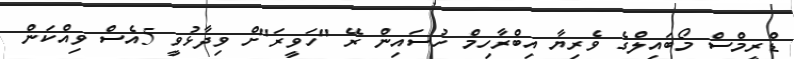
ޑްރީމްސް މޯބައިލްގެ ވެރިޔާ އިބްރާހިމް ހުސައިން ރޭ "ހަވީރަ"ށް ވިދާޅުވީ 5އެސް ވިއްކަން